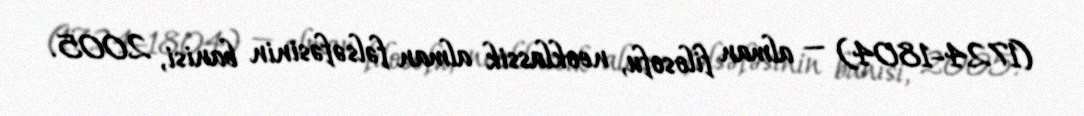
(1724–1804) — alman filosofu, neoklassik alman fəlsəfəsinin banisi, 2005.